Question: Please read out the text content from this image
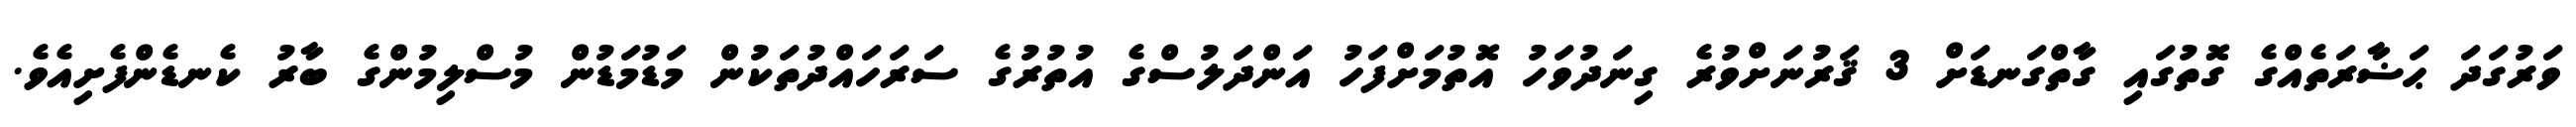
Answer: ވަރުގަދަ ޙަޟާރަތެއްގެ ގޮތުގައި ގާތްގަނޑަށް 3 ޤަރުނަށްވުރެ ގިނަދުވަހު އޮތުމަށްފަހު އަންދަލުސްގެ އުތުރުގެ ސަރަހައްދުތަކުން މަޑުމަޑުން މުސްލިމުންގެ ބާރު ކެނޑެންފެށިއެވެ.